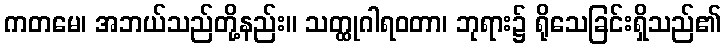
ကတမေ၊ အဘယ်သည်တို့နည်း။ သတ္ထုဂါရဝတာ၊ ဘုရား၌ ရိုသေခြင်းရှိသည်၏